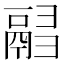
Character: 𩰸